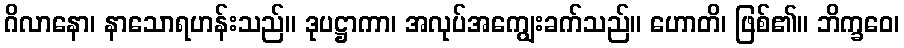
ဂိလာနော၊ နာသောရဟန်းသည်။ ဒုပဋ္ဌာကာ၊ အလုပ်အကျွေးခက်သည်။ ဟောတိ၊ ဖြစ်၏။ ဘိက္ခဝေ၊